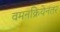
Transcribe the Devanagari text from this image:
वमनक्रियेनंतर